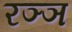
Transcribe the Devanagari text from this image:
रञ्ञ